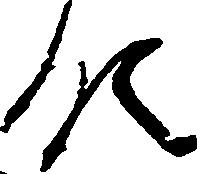
領